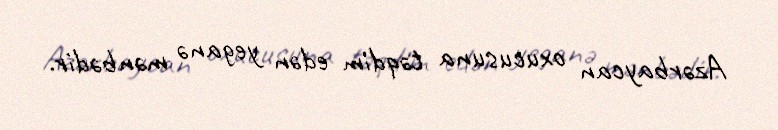
Azərbaycan oxucusuna təqdim edən yeganə mənbədir.